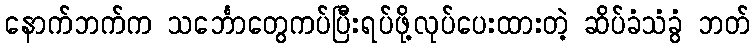
နောက်ဘက်က သင်္ဘောတွေကပ်ပြီးရပ်ဖို့လုပ်ပေးထားတဲ့ ဆိပ်ခံသံခွံ ဘတ်